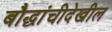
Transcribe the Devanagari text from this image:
बौद्धांचीदेखील